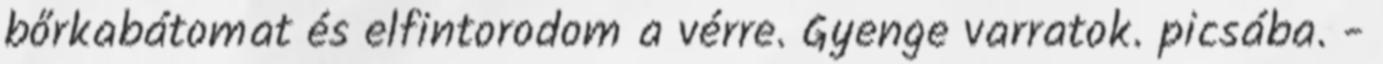
bőrkabátomat és elfintorodom a vérre. Gyenge varratok. picsába. -